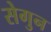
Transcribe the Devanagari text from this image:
सेगुन